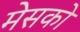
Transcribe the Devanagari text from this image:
मेसको